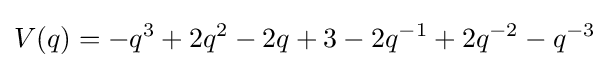
V(q)=-q^{3}+2q^{2}-2q+3-2q^{-1}+2q^{-2}-q^{-3}